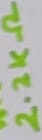
Text: 2.2KΩ